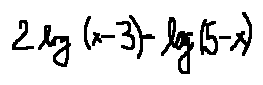
2 \log ( x - 3 ) = \log ( 5 - x )